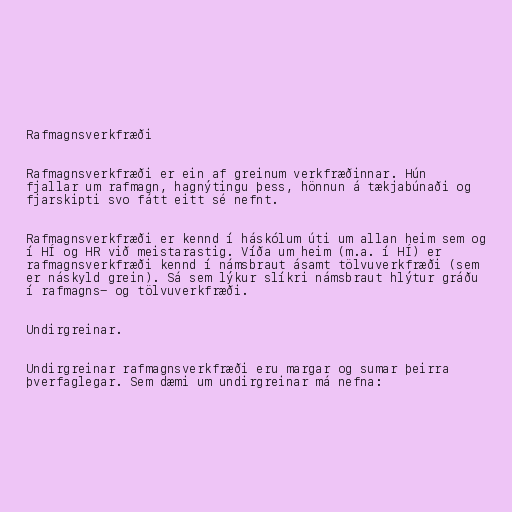
Rafmagnsverkfræði

Rafmagnsverkfræði er ein af greinum verkfræðinnar. Hún
fjallar um rafmagn, hagnýtingu þess, hönnun á tækjabúnaði og
fjarskipti svo fátt eitt sé nefnt.

Rafmagnsverkfræði er kennd í háskólum úti um allan heim sem og
í HÍ og HR við meistarastig. Víða um heim (m.a. í HÍ) er
rafmagnsverkfræði kennd í námsbraut ásamt tölvuverkfræði (sem
er náskyld grein). Sá sem lýkur slíkri námsbraut hlýtur gráðu
í rafmagns- og tölvuverkfræði.

Undirgreinar.

Undirgreinar rafmagnsverkfræði eru margar og sumar þeirra
þverfaglegar. Sem dæmi um undirgreinar má nefna: